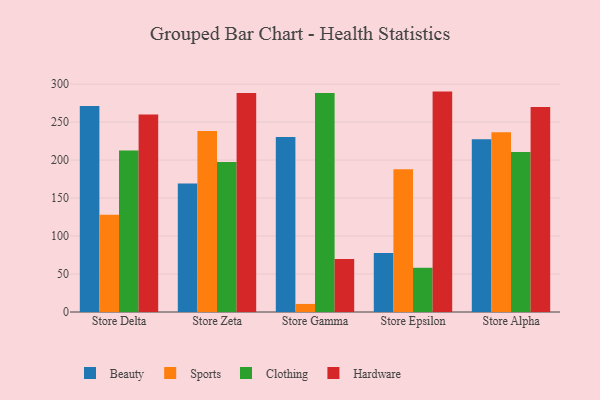
{"axis": {"x": "Store", "y": "Budget (USD K)"}, "legend": ["Beauty", "Clothing", "Hardware", "Sports"], "data": [{"x": "Store Delta", "y": 271.0, "type": "Beauty"}, {"x": "Store Delta", "y": 128.0, "type": "Sports"}, {"x": "Store Delta", "y": 212.6, "type": "Clothing"}, {"x": "Store Delta", "y": 260.0, "type": "Hardware"}, {"x": "Store Zeta", "y": 169.1, "type": "Beauty"}, {"x": "Store Zeta", "y": 238.2, "type": "Sports"}, {"x": "Store Zeta", "y": 197.3, "type": "Clothing"}, {"x": "Store Zeta", "y": 288.1, "type": "Hardware"}, {"x": "Store Gamma", "y": 230.4, "type": "Beauty"}, {"x": "Store Gamma", "y": 10.6, "type": "Sports"}, {"x": "Store Gamma", "y": 288.4, "type": "Clothing"}, {"x": "Store Gamma", "y": 69.9, "type": "Hardware"}, {"x": "Store Epsilon", "y": 77.7, "type": "Beauty"}, {"x": "Store Epsilon", "y": 188.0, "type": "Sports"}, {"x": "Store Epsilon", "y": 58.2, "type": "Clothing"}, {"x": "Store Epsilon", "y": 290.1, "type": "Hardware"}, {"x": "Store Alpha", "y": 227.3, "type": "Beauty"}, {"x": "Store Alpha", "y": 236.6, "type": "Sports"}, {"x": "Store Alpha", "y": 210.7, "type": "Clothing"}, {"x": "Store Alpha", "y": 269.9, "type": "Hardware"}]}